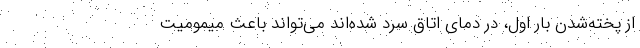
از پخته‌شدن بار اول، در دمای اتاق سرد شده‌اند می‌تواند باعث میمومیت